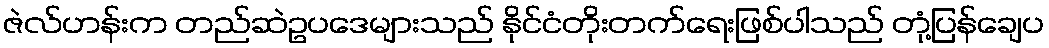
ဇဲလ်ဟန်းက တည်ဆဲဥပဒေများသည် နိုင်ငံတိုးတက်ရေးဖြစ်ပါသည် တုံ့ပြန်ချေပ